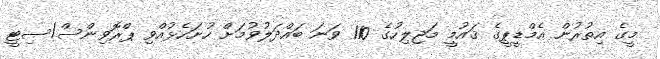
މީގެ އިތުރުން އެމްޑީޕީގެ ޤައުމީ މަޖިލިހުގެ 110 ވަނަ ބައްދަލުވުމަށް ހުށަހެޅުއްވި ޕްރޮވިންސް/ސިޓީ